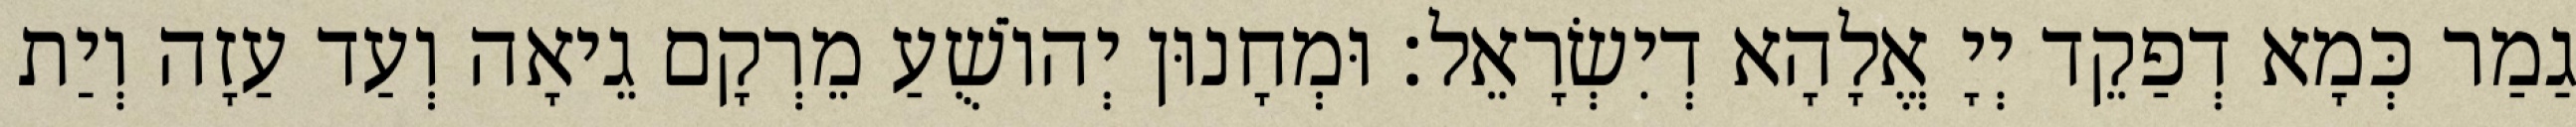
גַמַר כְּמָא דְפַקֵד יְיָ אֱלָהָא דְיִשְׂרָאֵל׃ וּמְחָנוּן יְהוֹשֻׁעַ מֵרְקָם גֵיאָה וְעַד עַזָה וְיַת